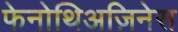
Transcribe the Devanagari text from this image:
फेनोथिअज़िनेस